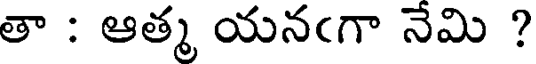
తా : ఆత్మ యనఁగా నేమి ?